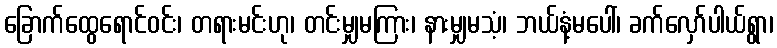
ခြောက်ထွေရောင်ဝင်း၊ တရားမင်းဟု၊ တင်းမျှမကြား၊ နားမျှမသံ့၊ ဘယ်နံ့မပေါ်၊ ခက်လှော်ပါယ်ရွာ၊